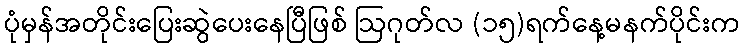
ပုံမှန်အတိုင်းပြေးဆွဲပေးနေပြီဖြစ် ဩဂုတ်လ (၁၅)ရက်နေ့မနက်ပိုင်းက